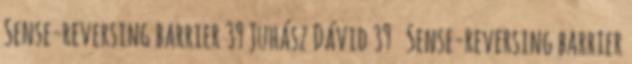
Sense-reversing barrier 39 Juhász Dávid 39 Sense-reversing barrier